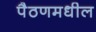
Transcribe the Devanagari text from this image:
पैठणमधील